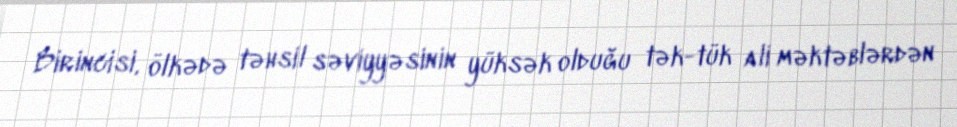
Birincisi, ölkədə təhsil səviyyəsinin yüksək olduğu tək-tük ali məktəblərdən